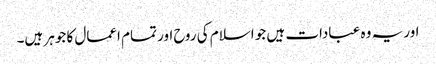
اور یہ وہ عبادات ہیں جو اسلام کی روح اور تمام اعمال کا جوہر ہیں۔